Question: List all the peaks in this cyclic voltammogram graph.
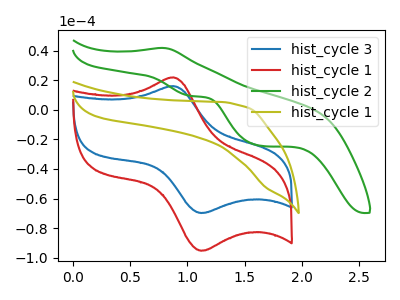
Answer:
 <answer>The blue curve "hist_cycle 3" has an anodic peak at (0.85V, 16.10uA) and a cathodic peak at (1.10V, -69.80uA). The red curve "hist_cycle 1" has an anodic peak at (0.85V, 22.00uA) and a cathodic peak at (1.10V, -95.35uA). The green curve "hist_cycle 2" has an anodic peak at (0.80V, 41.90uA) and cathodic peaks at (1.05V, 9.40uA) (1.65V, -24.30uA). The olive curve "hist_cycle 1" has no peaks.</answer>
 <eval></eval>